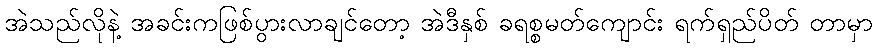
အဲသည်လိုနဲ့ အခင်းကဖြစ်ပွားလာချင်တော့ အဲဒီနှစ် ခရစ္စမတ်ကျောင်း ရက်ရှည်ပိတ် တာမှာ